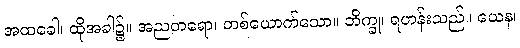
အထခေါ၊ ထိုအခါ၌။ အညတရော၊ တစ်ယောက်သော။ ဘိက္ခု၊ ရဟန်းသည်။ ယေန၊